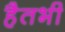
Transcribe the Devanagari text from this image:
हैतभी